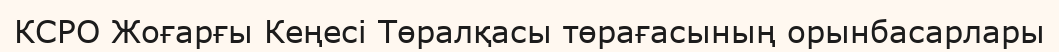
КСРО Жоғарғы Кеңесі Төралқасы төрағасының орынбасарлары